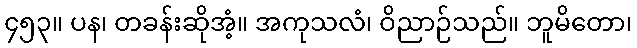
၄၅၃။ ပန၊ တခန်းဆိုအံ့။ အကုသလံ၊ ဝိညာဉ်သည်။ ဘူမိတော၊